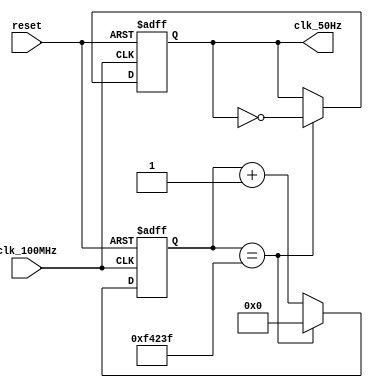
`timescale 1ns / 1ps


module freq_div(
    input reset,
    input clk_100MHz,
    output reg clk_50Hz
    );
    reg[19:0] counter;
    always @(posedge clk_100MHz,posedge reset)begin
        if(reset == 1)begin
            clk_50Hz <= 0;
            counter <= 0;
        end
        else begin
            counter <= counter + 1;
            if(counter == 20'd999999)begin
                counter<=0;
                clk_50Hz = ~clk_50Hz;
            end
                
        end
        
    end
    
endmodule